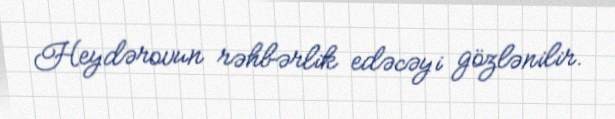
Heydərovun rəhbərlik edəcəyi gözlənilir.